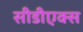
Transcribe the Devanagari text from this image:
सीडीएक्स